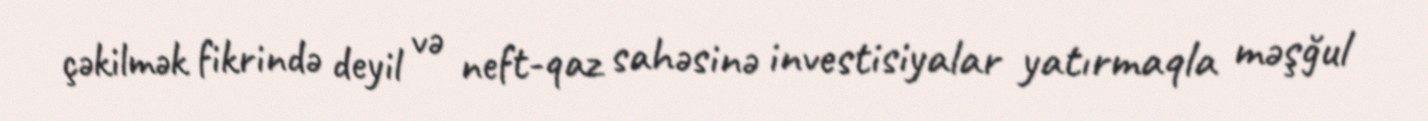
çəkilmək fikrində deyil və neft-qaz sahəsinə investisiyalar yatırmaqla məşğul